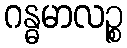
ဂန္ဓမာလဉ္စ